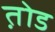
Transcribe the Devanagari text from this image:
त़ोड